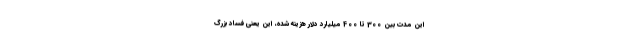
این مدت بین 300 تا 400 میلیارد دلار هزینه شده، این یعنی فساد بزرگ